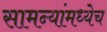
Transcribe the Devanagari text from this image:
सामन्यांमध्येच